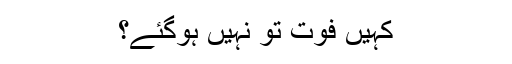
کہیں فوت تو نہیں ہوگئے؟